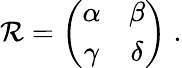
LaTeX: \mathcal{R}=\left(\begin{array}{cc}{{\alpha}}&{{\beta}}\\ {{\gamma}}&{{\delta}}\end{array}\right)\; .